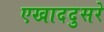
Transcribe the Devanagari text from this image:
एखाददुसरे